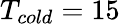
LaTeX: T_{cold}=15